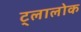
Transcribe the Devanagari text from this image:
ट्लालोक